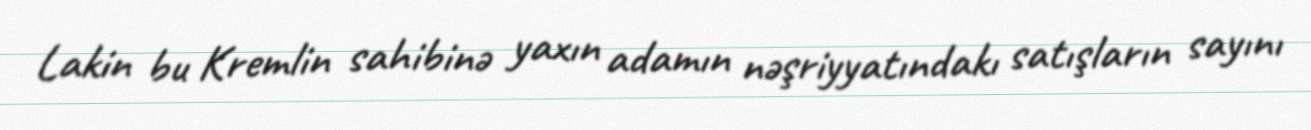
Lakin bu Kremlin sahibinə yaxın adamın nəşriyyatındakı satışların sayını